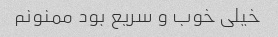
خیلی خوب و سریع بود ممنونم